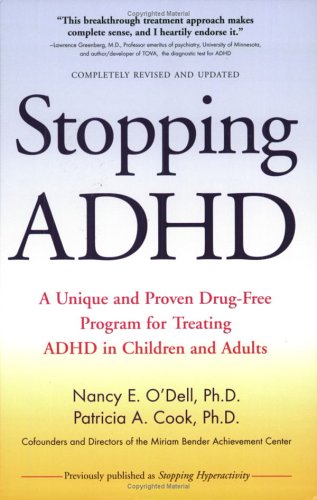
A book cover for Stopping ADHD; Nancy E. O'Dell; Parenting & Relationships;